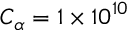
C _ { \alpha } = 1 \times 1 0 ^ { 1 0 }